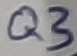
Text: Q3